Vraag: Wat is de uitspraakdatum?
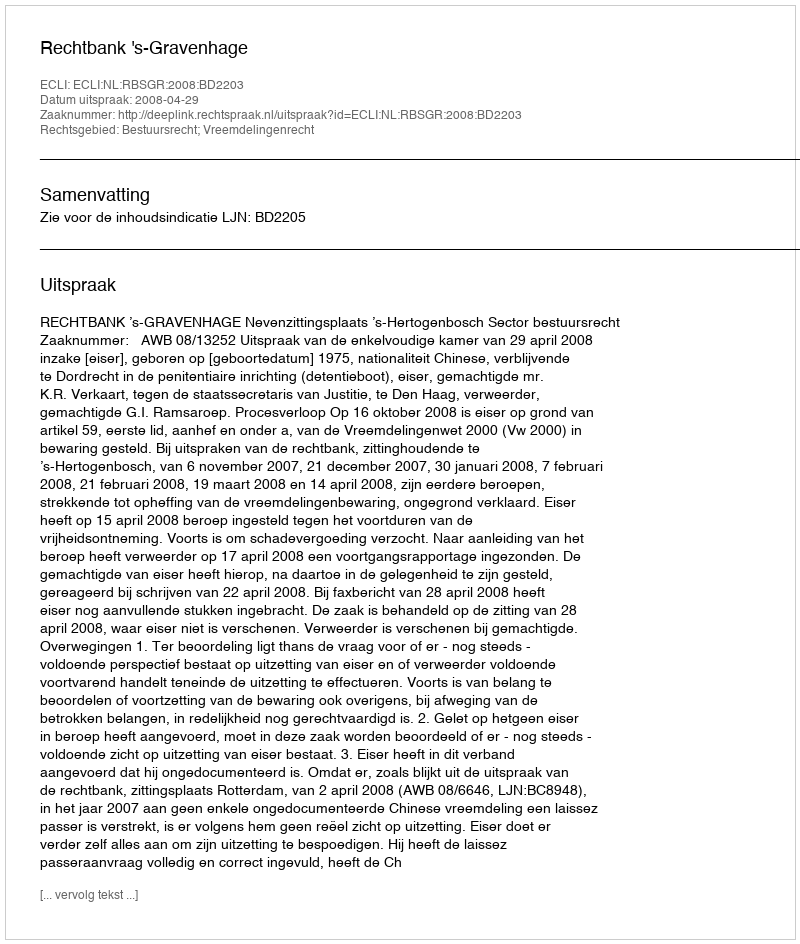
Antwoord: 2008-04-29